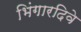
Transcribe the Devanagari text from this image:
भिंगारदिवे